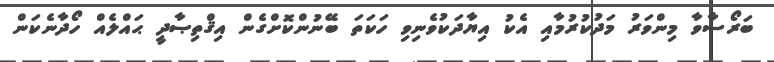
ބަރޯސާވާ މިންވަރު މަދުކުރުމާއި އެކު އިޔާދަކުވެނިވި ހަކަތަ ބޭނުންކޮށްގެން އިޤްތިޞާދީ ޙައްލެއް ހޯދާނެކަން